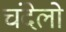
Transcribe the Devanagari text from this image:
चंदेलो